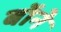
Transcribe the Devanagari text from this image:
बॉने